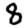
Digit: 8